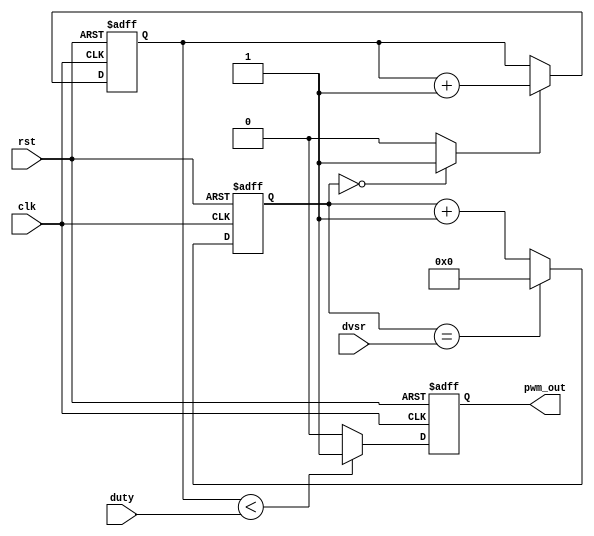
`timescale 1ns / 1ps

module PWM_ENHANCED #(parameter R = 10)
(
input wire clk, 
input wire rst,
input wire[31:0] dvsr,
input wire[R:0] duty,
output wire pwm_out
);

reg[31:0] q_reg;
wire[31:0] q_next;

reg[R-1:0] d_reg;
wire[R-1:0] d_next;
wire[R:0] d_ext;

reg pwm_reg;
wire pwm_next;

wire tick;


always@(posedge clk or posedge rst) 
begin
    if(rst)
    begin
        q_reg <= 0;
        d_reg <= 0;
        pwm_reg <= 0;
    end
    
    else
    begin
        q_reg <= q_next;
        d_reg <= d_next;
        pwm_reg <= pwm_next;
    end
end


assign q_next = (q_reg == dvsr) ? 0 : (q_reg + 1'b1);
assign tick = (!q_reg) ? 1 : 0;
assign d_next = (tick) ? (d_reg + 1) : d_reg;
assign d_ext = {1'b0, d_reg};
assign pwm_next = (d_ext < duty) ? 1'b1 : 1'b0;
assign pwm_out = pwm_reg;

endmodule